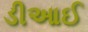
ડીઆઈ